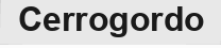
Cerrogordo